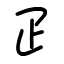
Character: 𤴔